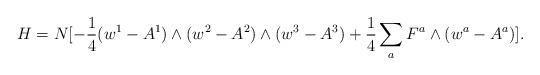
LaTeX: \begin{align*}H = N [-{1\over 4} (w^1 - A^1) \wedge (w^2 - A^2) \wedge (w^3 - A^3) + {1\over 4} \sum_a F^a \wedge (w^a - A^a)].\end{align*}